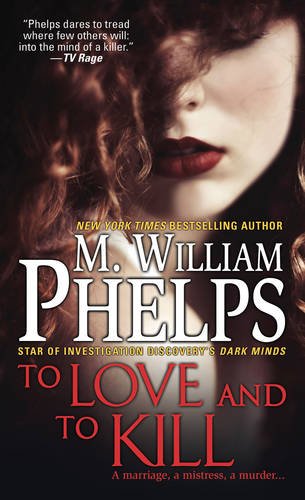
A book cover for To Love and To Kill; M. William Phelps; Biographies & Memoirs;